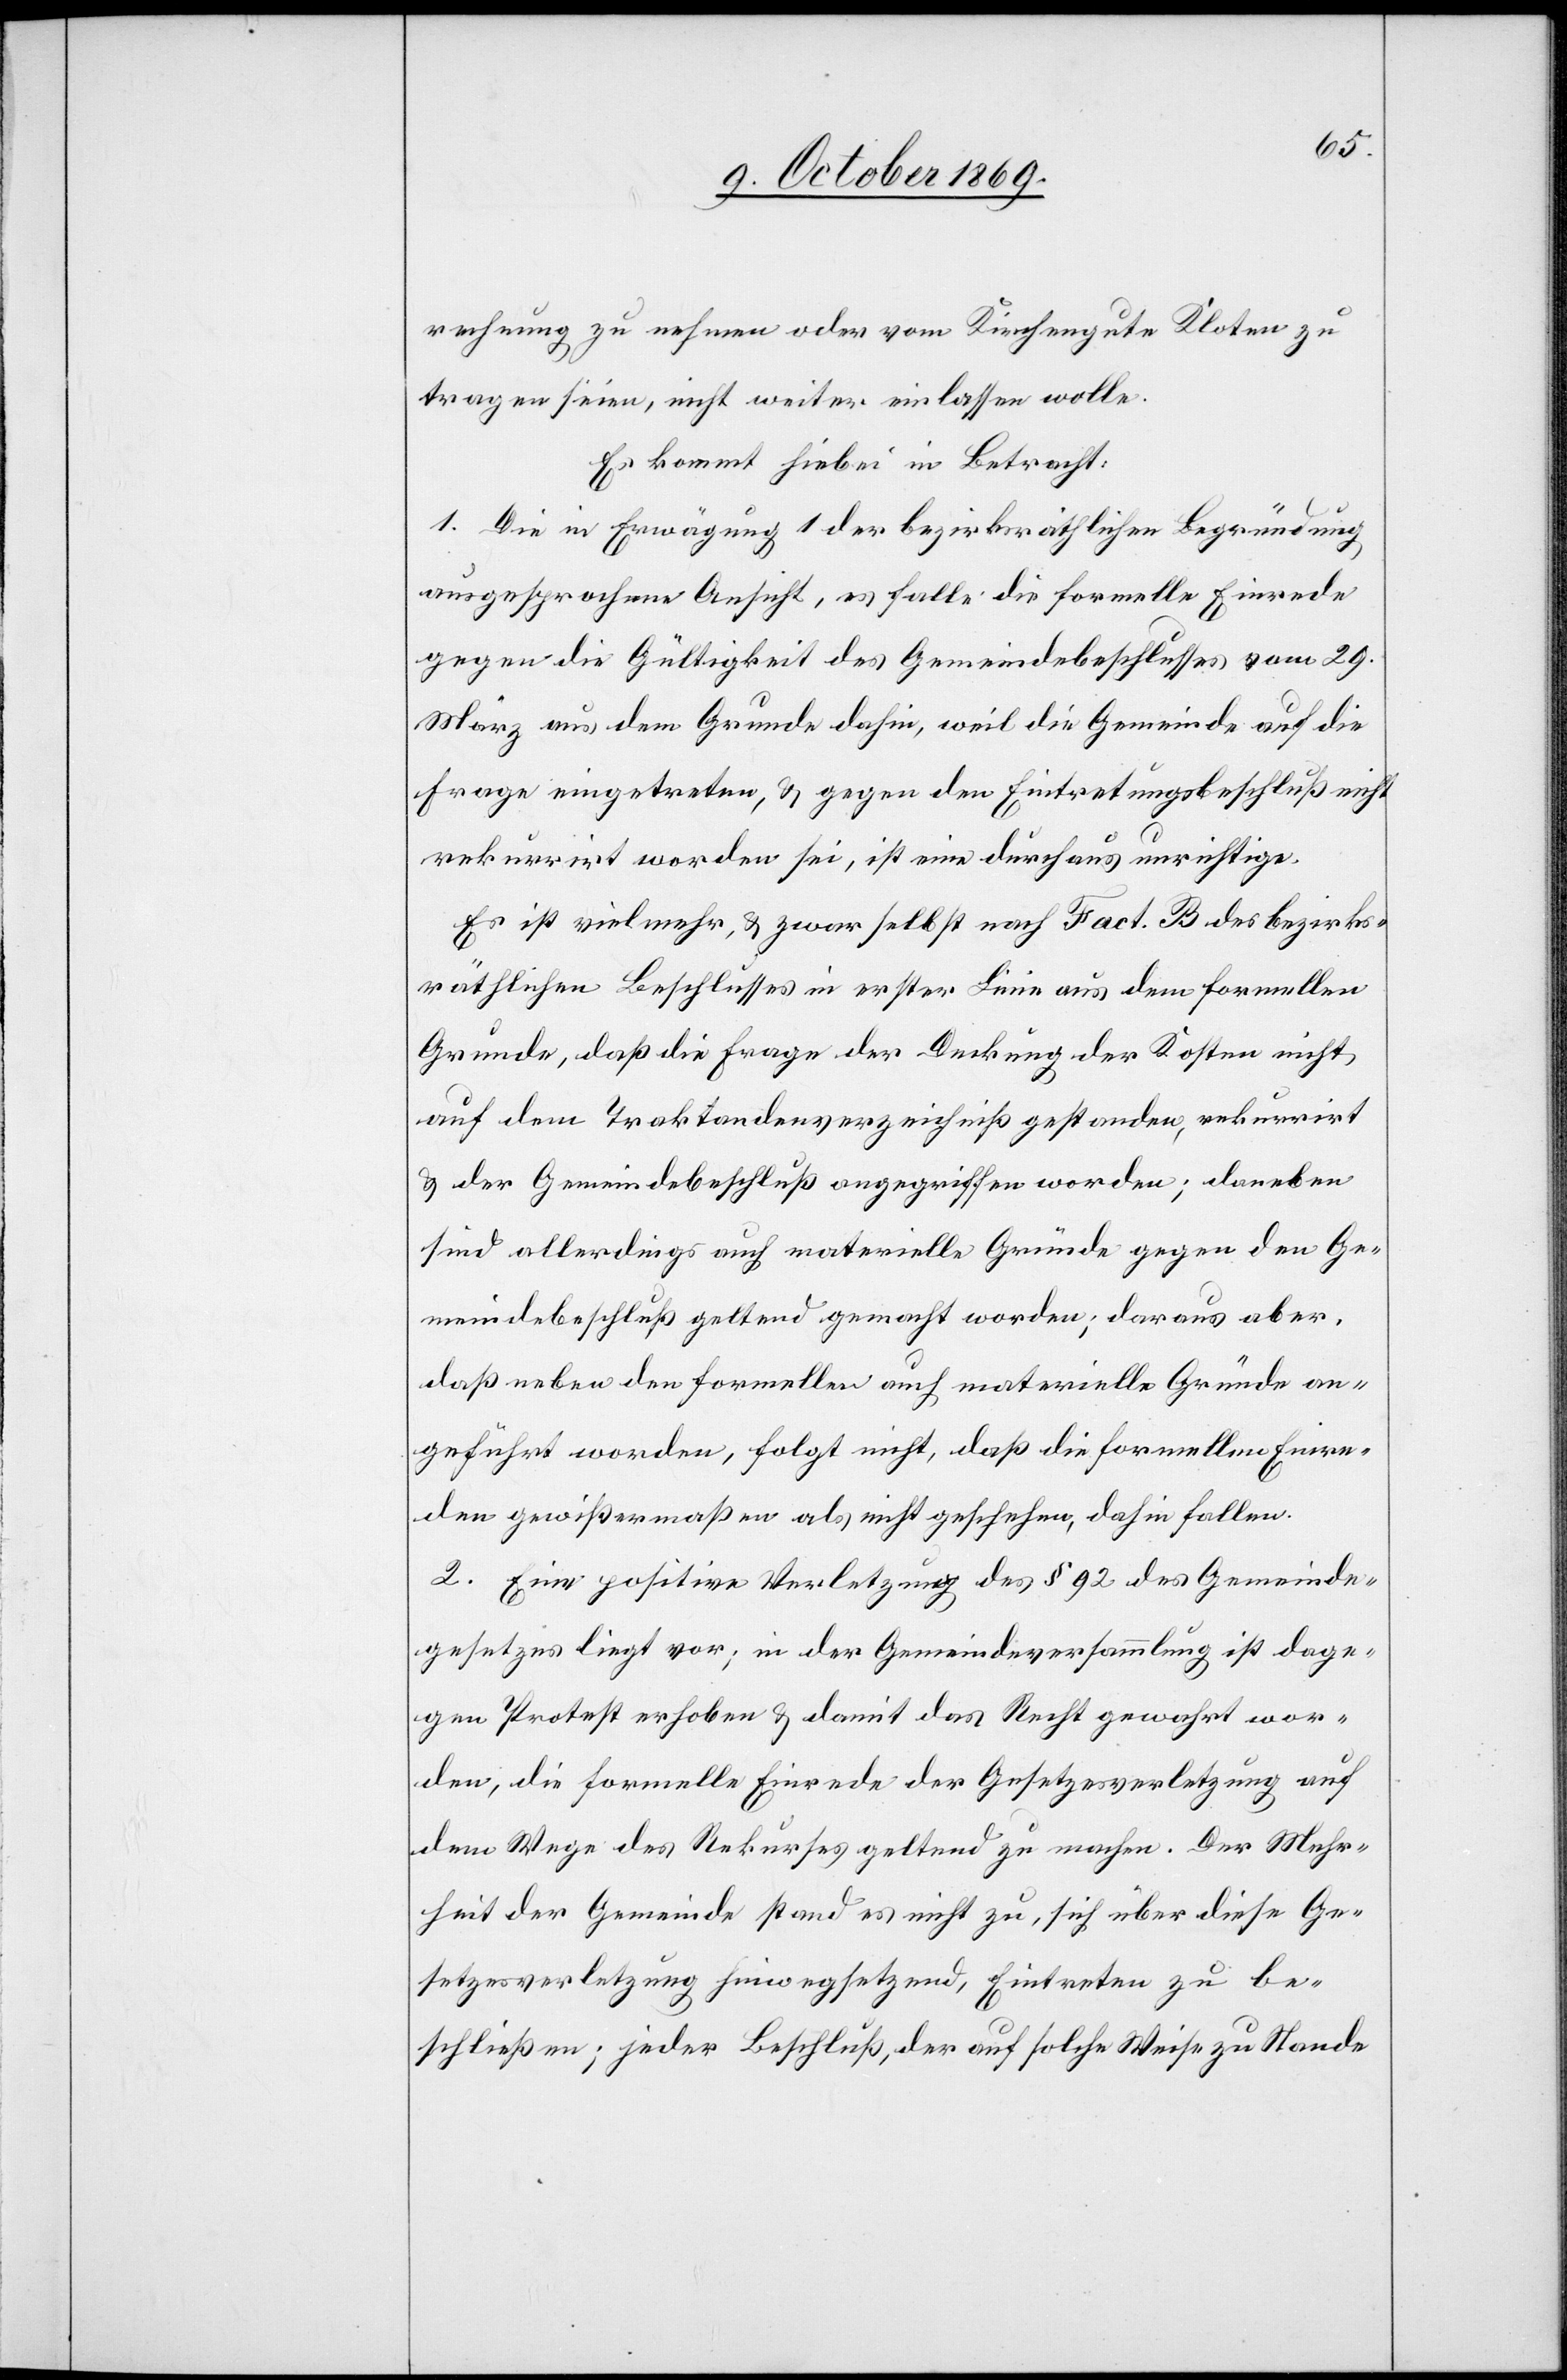
rechnung zu nehmen oder vom Kirchengute Kloten zu
tragen seien, nicht weiter einlassen wolle.
Es kommt hiebei in Betracht:
1. Die in Erwägung 1 der bezirksräthlichen Begründung
ausgesprochene Ansicht, es falle die formelle Einrede
gegen die Gültigkeit des Gemeindebeschlusses vom 29.
März aus dem Grunde dahin, weil die Gemeinde auf die
Frage eingetreten, & gegen den Eintretungsbeschluß nicht
rekurrirt worden sei, ist eine durchaus unrichtige.
Es ist vielmehr, & zwar selbst nach Fact. B des bezirks¬
räthlichen Beschlusses in erster Linie aus dem formellen
Grunde, daß die Frage der Deckung der Kosten nicht
auf dem Traktandenverzeichniß gestanden, rekurrirt
& der Gemeindebeschluß angegriffen worden; daneben
sind allerdings auch materielle Gründe gegen den Ge¬
meindebeschluß geltend gemacht worden; daraus aber,
daß neben den formellen auch materielle Gründe an¬
geführt worden, folgt nicht, daß die formellen Einre¬
den gewißermaßen als nicht geschehen, dahin fallen.
2. Eine positive Verletzung des § 92 des Gemeinde¬
gesetzes liegt vor; in der Gemeindeversammlung ist dage¬
gen Protest erhoben & damit das Recht gewahrt wor¬
den, die formelle Einrede der Gesetzesverletzung auf
dem Wege des Rekurses geltend zu machen. Der Mehr¬
heit der Gemeinde stand es nicht zu, sich über diese Ge¬
setzesverletzung hinwegsetzend, Eintreten zu be¬
schließen; jeder Beschluß, der auf solche Weise zu Stande